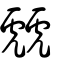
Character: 虤